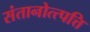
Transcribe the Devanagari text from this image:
संतानोत्त्पत्ति